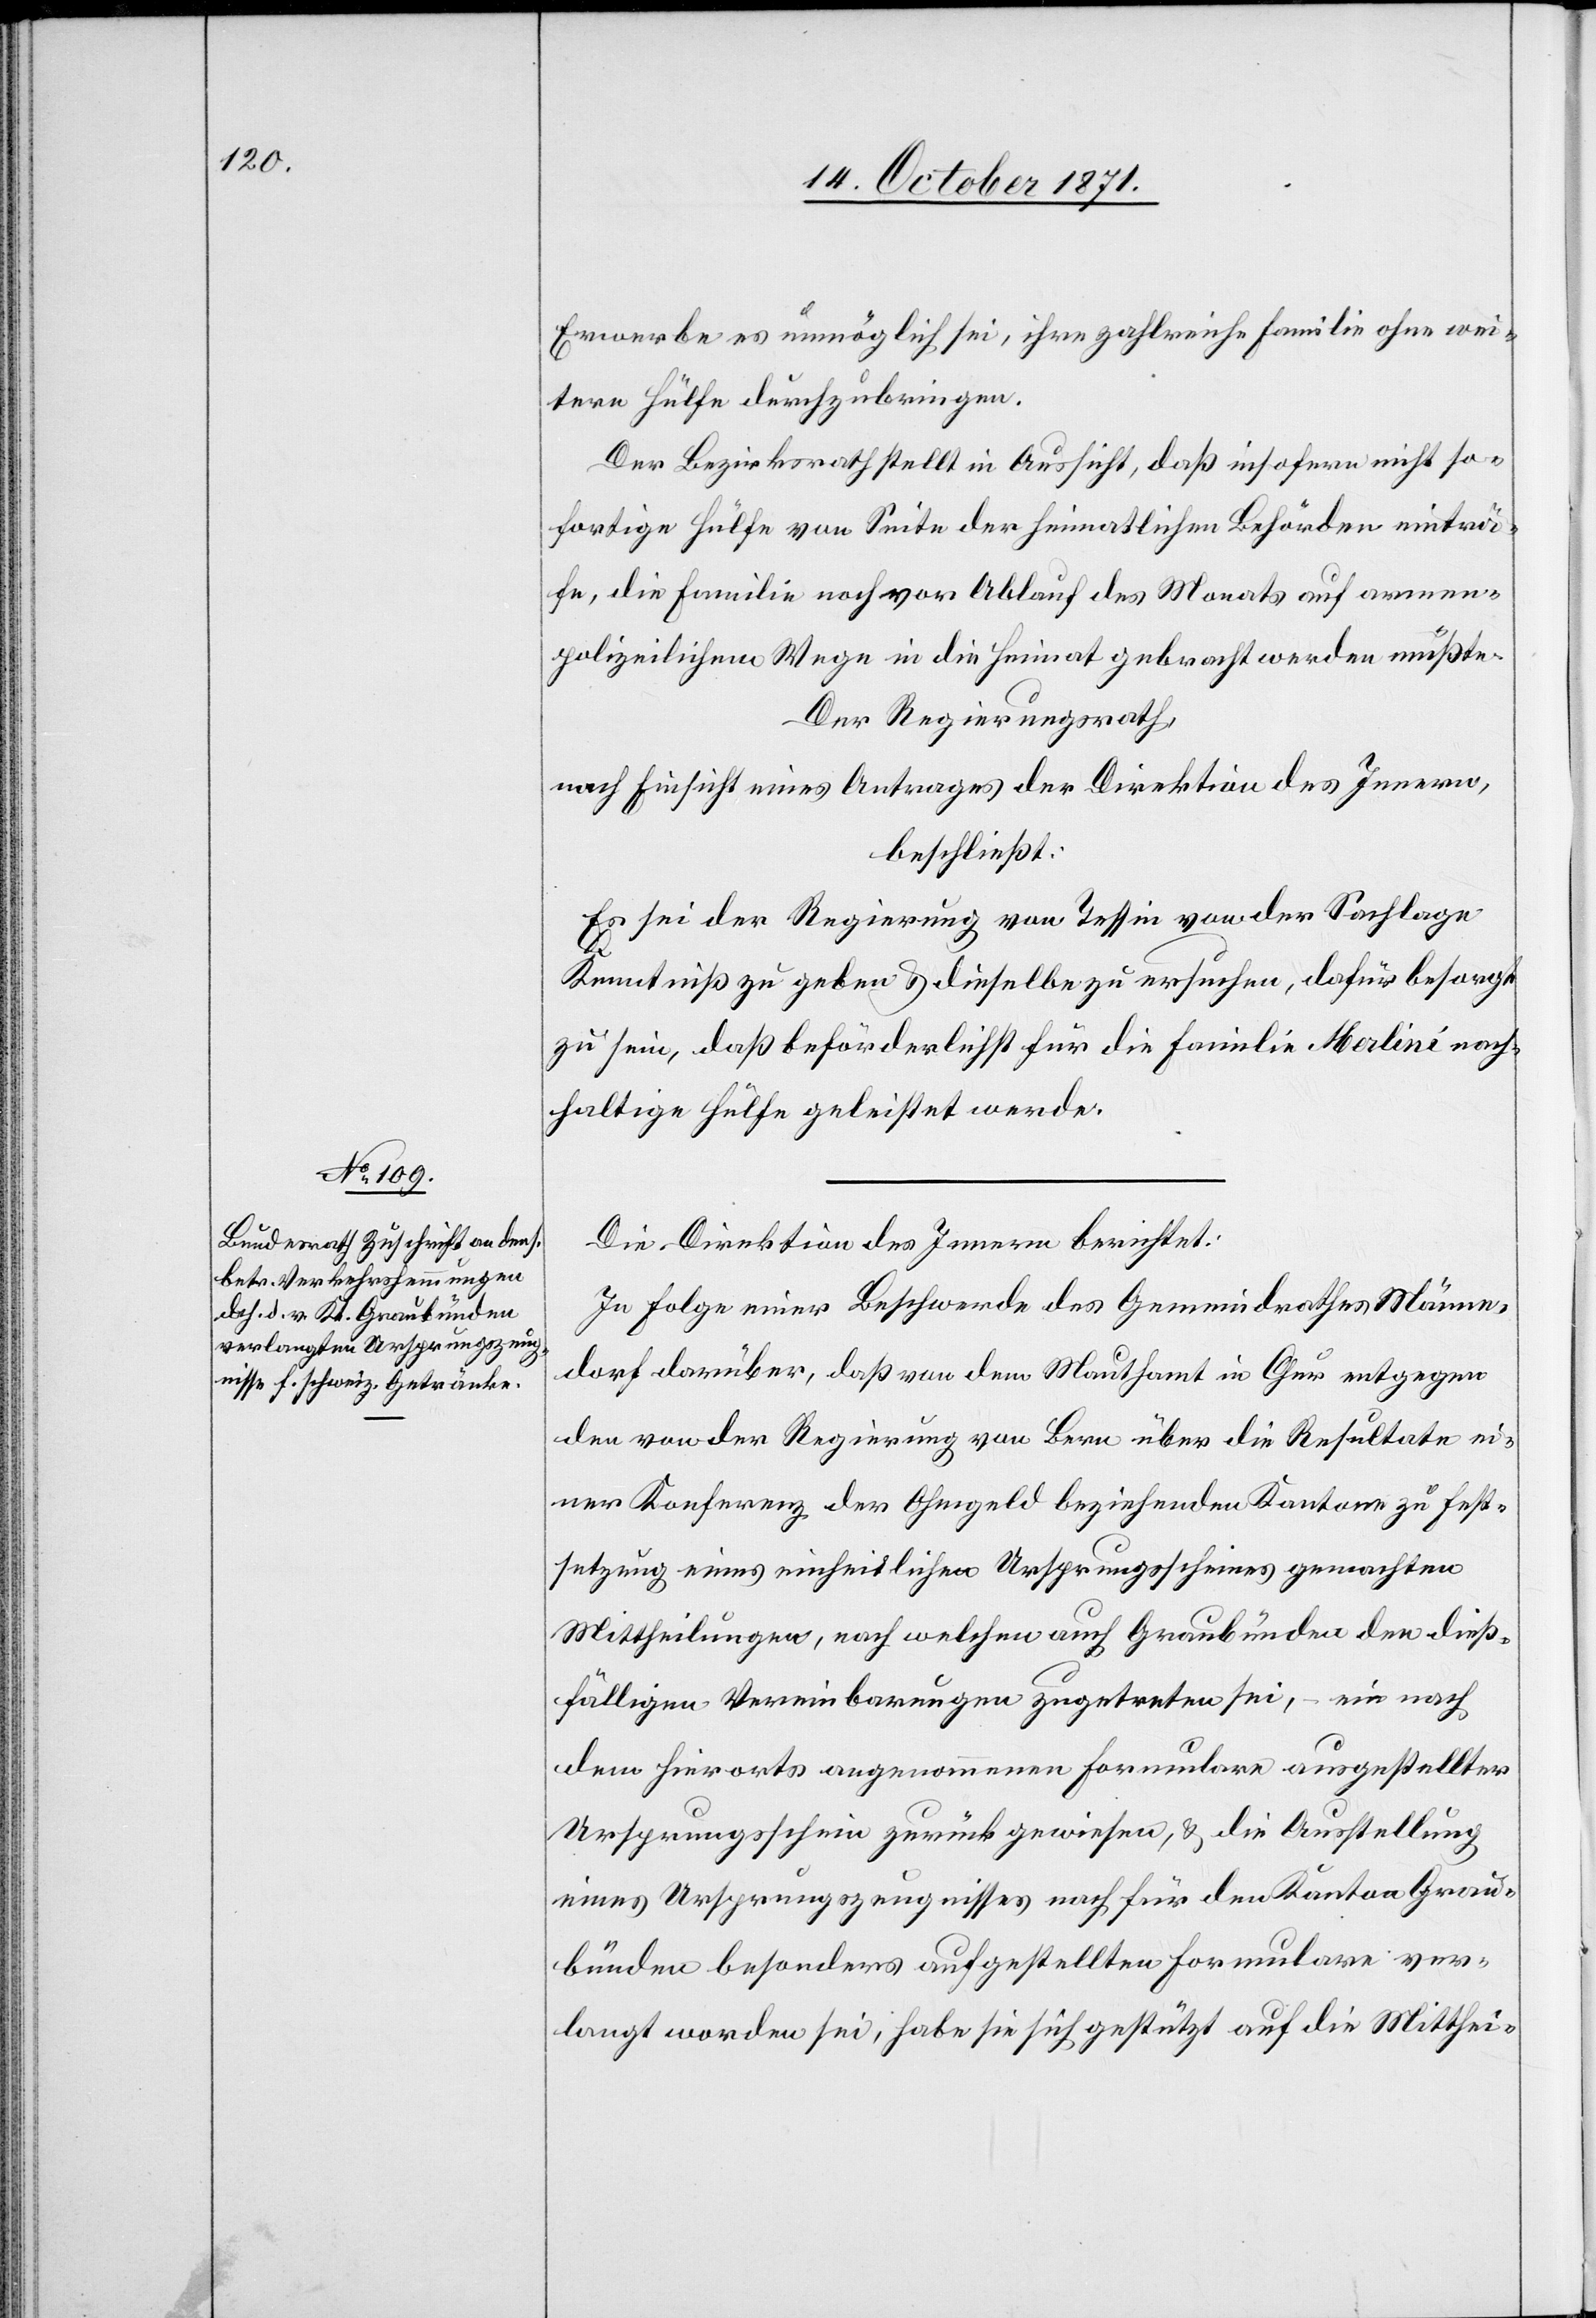
Erwerbe es unmöglich sei, ihre zahlreiche Familie ohne wei¬
tere Hülfe durchzubringen.
Der Bezirksrath stellt in Aussicht, daß insofern nicht so¬
fortige Hülfe von Seite der heimatlichen Behörde einträ¬
fe, die Familie noch vor Ablauf des Monats auf armen¬
polizeilichem Wege in die Heimat gebracht werden müßte.
Der Regierungsrath,
nach Einsicht eines Antrages der Direktion des Innern,
beschließt:
Es sei der Regierung von Tessin von der Sachlage
Kenntniß zu geben & dieselbe zu ersuchen, dafür besorgt
zu sein, daß beförderlichst für die Familie Merlini nach¬
haltige Hülfe geleistet werde.
Die Direktion des Innern berichtet:
In Folge einer Beschwerde des Gemeindrathes Männe¬
dorf darüber, daß von dem Mauthamt in Chur entgegen
den von der Regierung von Bern über die Resultate ei¬
ner Konferenz der Ohmgeld beziehenden Kantone zu Fest¬
setzung eines einheitlichen Ursprungsscheines gemachten
Mittheilungen, nach welchen auch Graubünden den dieß¬
fälligen Vereinbarungen zugetreten sei, – ein nach
dem hierorts angenommenen Formulare ausgestellter
Ursprungsschein zurückgewiesen, & die Ausstellung
eines Ursprungszeugnisses nach für den Kanton Grau¬
bünden besonders aufgestellten Formulare ver¬
langt worden sei, habe sie sich gestützt auf die Mitthei-